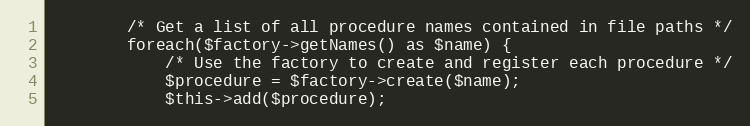
Language: PHP
        /* Get a list of all procedure names contained in file paths */
        foreach($factory->getNames() as $name) {
            /* Use the factory to create and register each procedure */
            $procedure = $factory->create($name);
            $this->add($procedure);